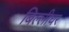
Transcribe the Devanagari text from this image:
बिल्लीघर